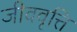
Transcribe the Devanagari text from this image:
जीववृत्ति